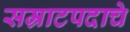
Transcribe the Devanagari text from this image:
सम्राटपदाचे